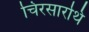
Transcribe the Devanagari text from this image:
चिरसारथि